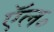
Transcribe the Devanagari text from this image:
ऍल॰